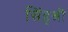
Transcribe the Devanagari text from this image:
सिंहश्री